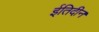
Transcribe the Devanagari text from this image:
ईतिदीन